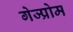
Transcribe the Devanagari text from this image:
गेज्प्रोम